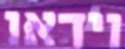
וידאו